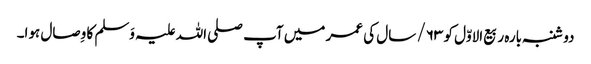
دو شنبہ بارہ ربیع الاوّل کو ۶۳/ سال کی عمر میں آپ صلی اللہ علیہ وَسلم کا وِصال ہوا۔